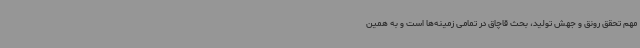
مهم تحقق رونق و جهش تولید، بحث قاچاق در تمامی زمینه‌ها است و به همین